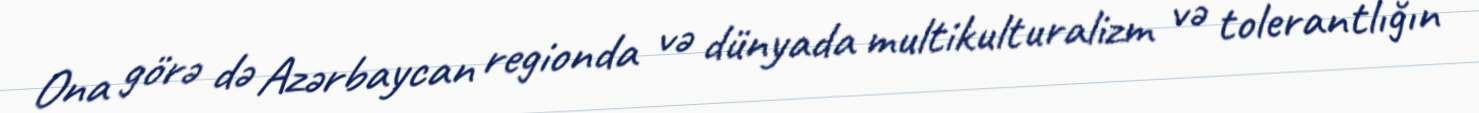
Ona görə də Azərbaycan regionda və dünyada multikulturalizm və tolerantlığın